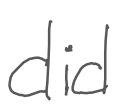
Text: did
Cross-out: clean
Writing tool: digital_gray